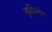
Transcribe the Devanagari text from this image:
सुहिल्देव